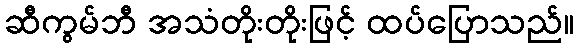
ဆီကွမ်ဘီ အသံတိုးတိုးဖြင့် ထပ်ပြောသည်။